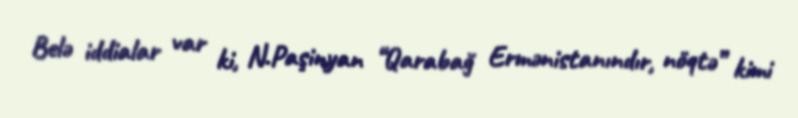
Belə iddialar var ki, N.Paşinyan “Qarabağ Ermənistanındır, nöqtə” kimi